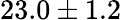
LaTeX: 23.0\pm 1.2